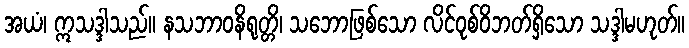
အယံ၊ ဣသဒ္ဒါသည်။ နသဘာဝနိရုတ္တိ၊ သဘောဖြစ်သော လိင်ဝုစ်ဝိဘတ်ရှိသော သဒ္ဒါမဟုတ်။